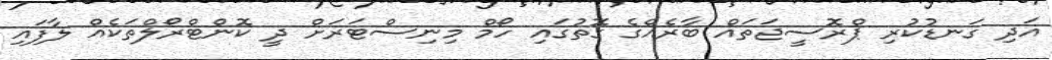
އަދި ގަނޑުކުރި ޕްރޮސީޖަތައް ބާރެއްގެ ގޮތުގައި ހޯމް މިނިސްޓަރަށް ދީ ކޮންޓްރޯލްތަކެއް ލާފައި